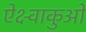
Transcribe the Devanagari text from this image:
ऐक्ष्वाकुओं